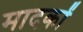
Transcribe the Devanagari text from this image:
मादकों